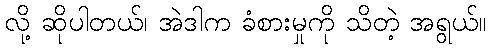
လို့ ဆိုပါတယ်၊ အဲဒါက ခံစားမှုကို သိတဲ့ အရွယ်။